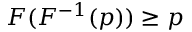
F ( F ^ { - 1 } ( p ) ) \geq p